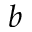
b